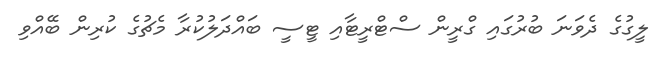
ލީގުގެ ދެވަނަ ބުރުގައި ގްރީން ސްޓްރީޓާއި ޓީސީ ބައްދަލުކުރާ މެޗުގެ ކުރިން ބޭއްވި